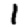
Digit: 1